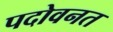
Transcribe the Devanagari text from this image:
पदोवनत